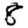
Digit: 8